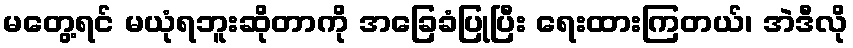
မတွေ့ရင် မယုံရဘူးဆိုတာကို အခြေခံပြုပြီး ရေးထားကြတယ်၊ အဲဒီလို